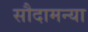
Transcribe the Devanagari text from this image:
सौदामन्या